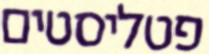
פטליסטים